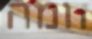
חמה